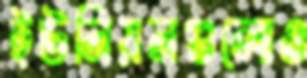
ইউনিয়নগুলোও